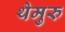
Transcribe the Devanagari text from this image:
थेमुरु